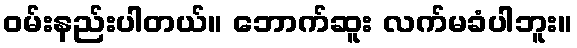
ဝမ်းနည်းပါတယ်။ ဘောက်ဆူး လက်မခံပါဘူး။